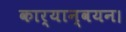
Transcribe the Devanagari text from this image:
कार्यान्‍वयन।